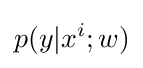
p(y|x^{i};w)